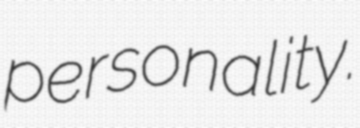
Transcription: personality.